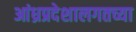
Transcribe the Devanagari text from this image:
आंध्रप्रदेशालगतच्या